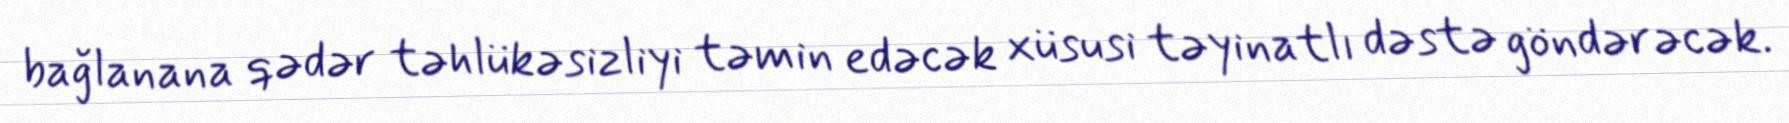
bağlanana qədər təhlükəsizliyi təmin edəcək xüsusi təyinatlı dəstə göndərəcək.